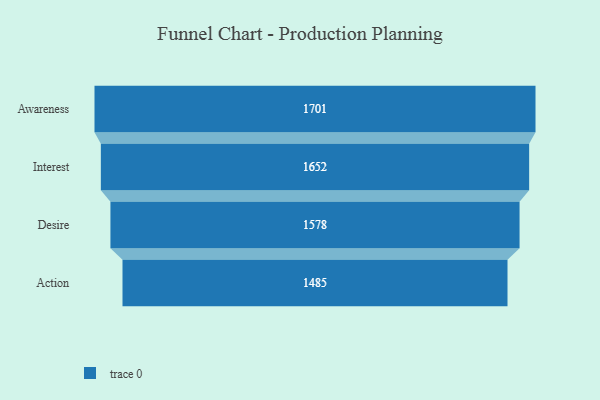
{"axis": {"x": "Stage", "y": "Value"}, "legend": [""], "data": [{"x": "Awareness", "y": 1701.0, "type": ""}, {"x": "Interest", "y": 1652.0, "type": ""}, {"x": "Desire", "y": 1578.0, "type": ""}, {"x": "Action", "y": 1485.0, "type": ""}]}